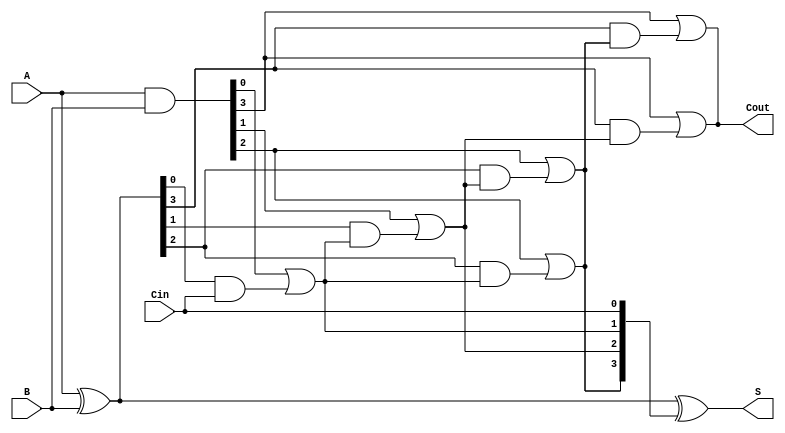
module SklanskyAdder #(parameter n = 4) (
    input [n-1:0] A,
    input [n-1:0] B,
    input Cin,
    output [n-1:0] S,
    output Cout
);

    wire [n-1:0] G; // Generate signals
    wire [n-1:0] P; // Propagate signals
    wire [n:0] C;   // Carry signals (C[0] = Cin)

    // Generate and Propagate signals
    assign G = A & B; // Generate
    assign P = A ^ B; // Propagate

    // Initialize carry signals
    assign C[0] = Cin;

    // Level 1 Carry Calculation
    genvar i;
    generate
        for (i = 0; i < n; i = i + 1) begin : level1
            if (i == 0) begin
                assign C[i+1] = G[i] | (P[i] & C[i]);
            end else begin
                assign C[i+1] = G[i] | (P[i] & C[i]);
            end
        end
    endgenerate

    // Level 2 Carry Calculation
    generate
        for (i = 0; i < n/2; i = i + 1) begin : level2
            assign C[i+n/2+1] = G[i+n/2] | (P[i+n/2] & C[i+1]);
        end
    endgenerate

    // Final Carry Output
    assign Cout = C[n];

    // Sum Calculation
    assign S = P ^ C[n-1:0];

endmodule